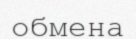
обмена